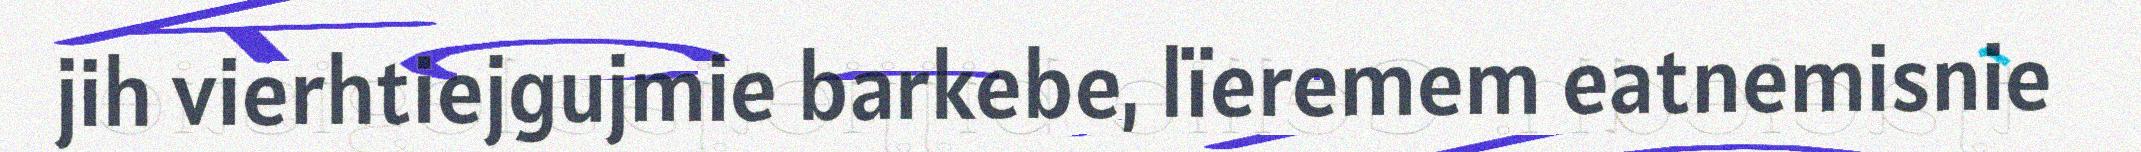
jih vierhtiejgujmie barkebe, lïeremem eatnemisnie